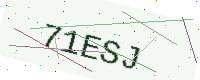
Text: 71ESJ